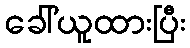
ခေါ်ယူထားပြီး